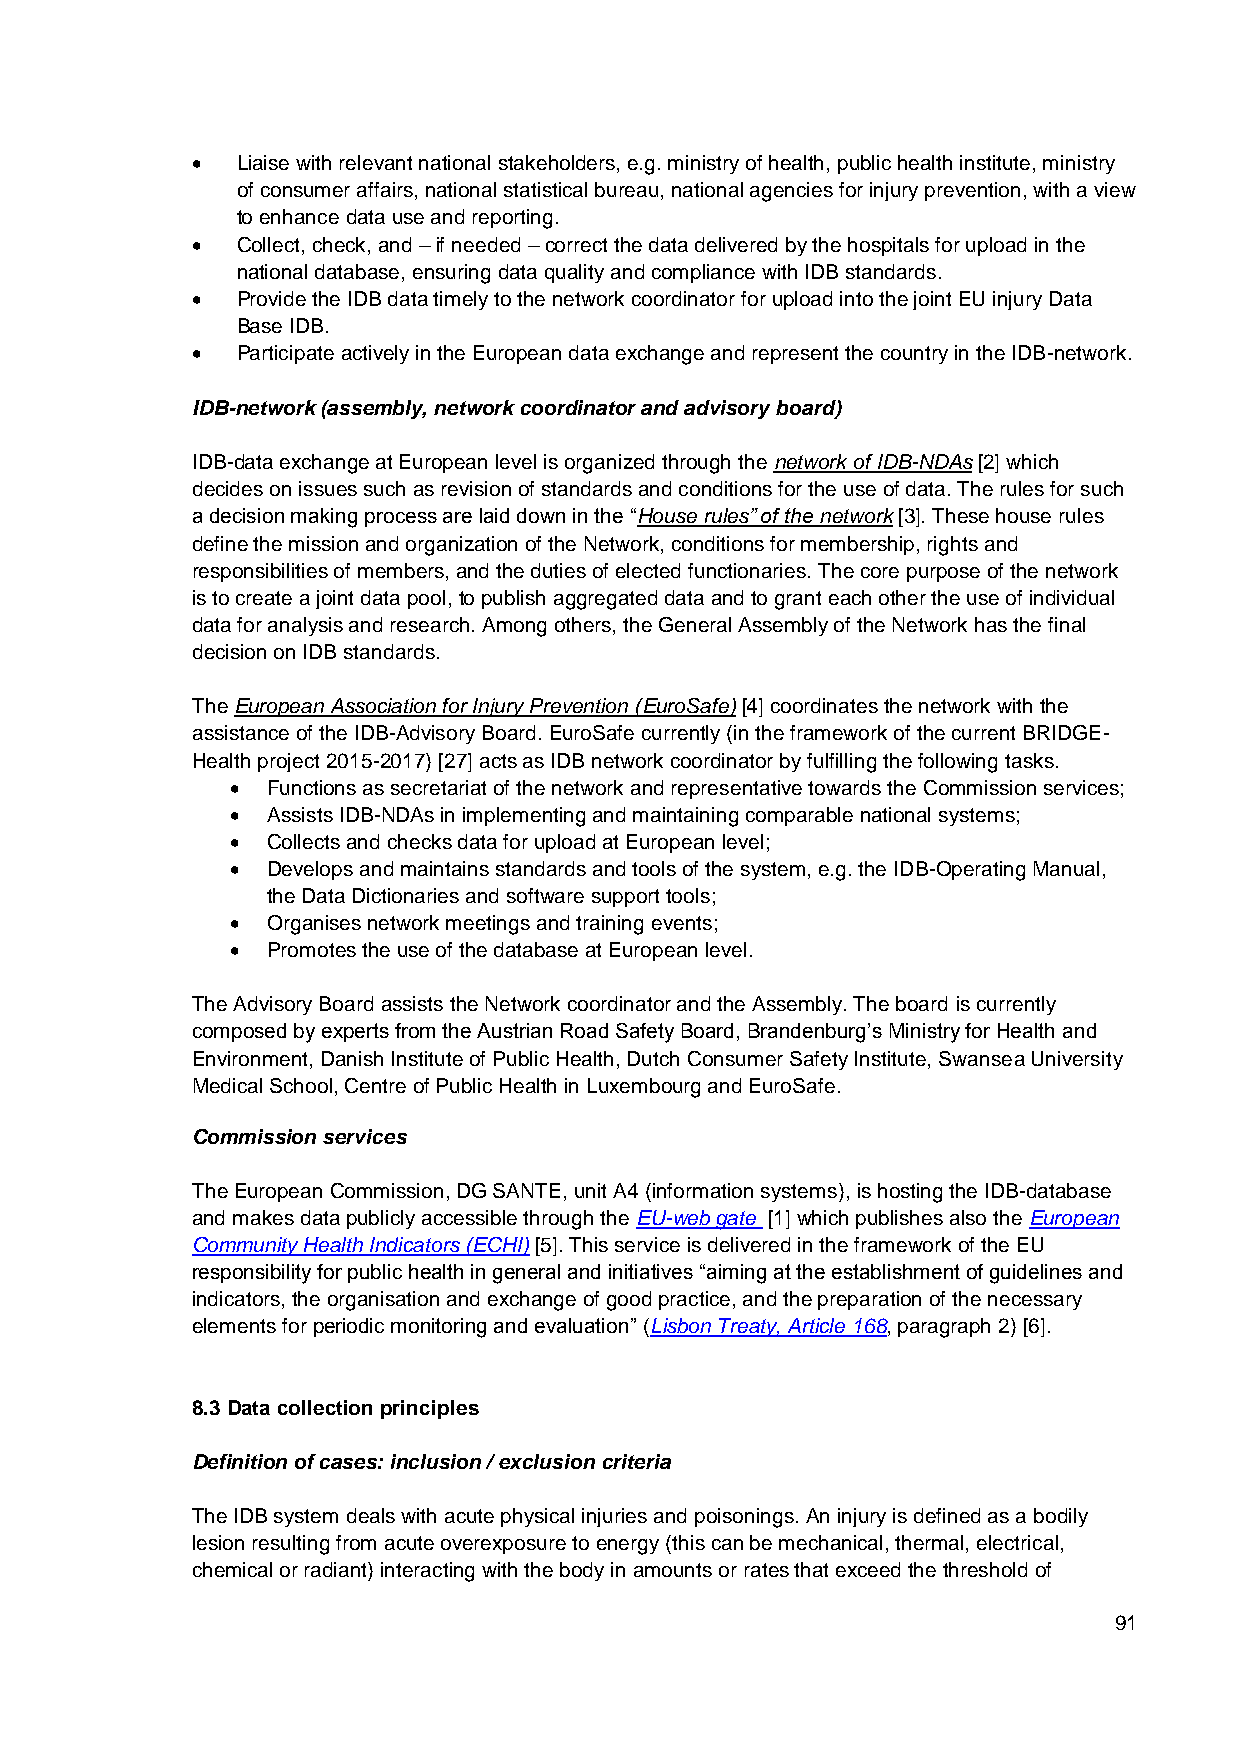
  Liaise with relevant national stakeholders, e.g. ministry of health, public health institute, ministry
 of consumer affairs, national statistical bureau, national agencies for injury prevention, with a view
 to enhance data use and reporting.
   Collect, check, and – if needed – correct the data delivered by the hospitals for upload in the
 national database, ensuring data quality and compliance with IDB standards.
   Provide the IDB data timely to the network coordinator for upload into the joint EU injury Data
 Base IDB.
   Participate actively in the European data exchange and represent the country in the IDB-network.
 IDB-network (assembly, network coordinator and advisory board)
 IDB-data exchange at European level is organized through the network of IDB-NDAs [2] which
 decides on issues such as revision of standards and conditions for the use of data. The rules for such
 a decision making process are laid down in the “House rules” of the network [3]. These house rules
 define the mission and organization of the Network, conditions for membership, rights and
 responsibilities of members, and the duties of elected functionaries. The core purpose of the network
 is to create a joint data pool, to publish aggregated data and to grant each other the use of individual
 data for analysis and research. Among others, the General Assembly of the Network has the final
 decision on IDB standards.
 The European Association for Injury Prevention (EuroSafe) [4] coordinates the network with the
 assistance of the IDB-Advisory Board. EuroSafe currently (in the framework of the current BRIDGE-
 Health project 2015-2017) [27] acts as IDB network coordinator by fulfilling the following tasks.
   Functions as secretariat of the network and representative towards the Commission services;
   Assists IDB-NDAs in implementing and maintaining comparable national systems;
   Collects and checks data for upload at European level;
   Develops and maintains standards and tools of the system, e.g. the IDB-Operating Manual,
 the Data Dictionaries and software support tools;
   Organises network meetings and training events;
   Promotes the use of the database at European level.
 The Advisory Board assists the Network coordinator and the Assembly. The board is currently
 composed by experts from the Austrian Road Safety Board, Brandenburg’s Ministry for Health and
 Environment, Danish Institute of Public Health, Dutch Consumer Safety Institute, Swansea University
 Medical School, Centre of Public Health in Luxembourg and EuroSafe.
 Commission services
 The European Commission, DG SANTE, unit A4 (information systems), is hosting the IDB-database
 and makes data publicly accessible through the EU-web gate [1] which publishes also the European
 Community Health Indicators (ECHI) [5]. This service is delivered in the framework of the EU
 responsibility for public health in general and initiatives “aiming at the establishment of guidelines and
 indicators, the organisation and exchange of good practice, and the preparation of the necessary
 elements for periodic monitoring and evaluation” (Lisbon Treaty, Article 168, paragraph 2) [6].
 8.3 Data collection principles
 Definition of cases: inclusion / exclusion criteria
 The IDB system deals with acute physical injuries and poisonings. An injury is defined as a bodily
 lesion resulting from acute overexposure to energy (this can be mechanical, thermal, electrical,
 chemical or radiant) interacting with the body in amounts or rates that exceed the threshold of
 91